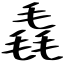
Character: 毳